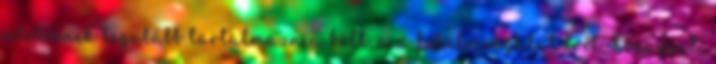
jelölésnek legalább tartalmaznia kell: a a felülvizsgálat évét, hónapját,